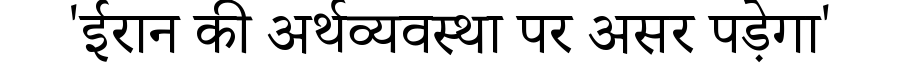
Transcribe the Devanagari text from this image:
'ईरान की अर्थव्यवस्था पर असर पड़ेगा'